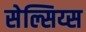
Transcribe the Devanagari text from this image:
सेल्सिय्स